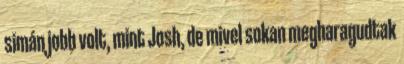
simán jobb volt, mint Josh, de mivel sokan megharagudtak